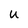
Character: u